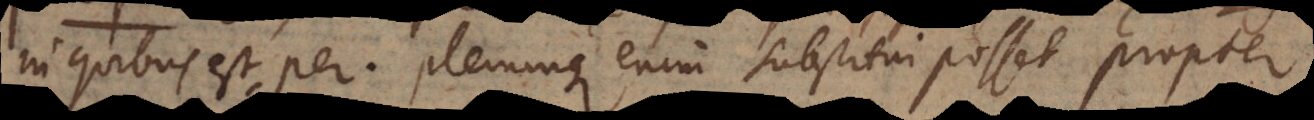
in quibus est per. Plerumque enim substitui posset propter.